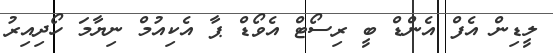
ލީޑިން އެފް އެންޑް ބީ ރިސޯޓް އެވޯޑް ޕާ އެކިއުމް ނިޔާމަ ހޯދިއިރު